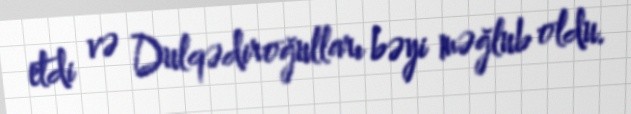
etdi və Dulqədiroğulları bəyi məğlub oldu.